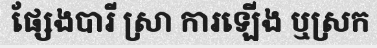
ផ្សែងបារី ស្រា ការឡើង ឬស្រក